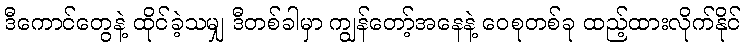
ဒီကောင်တွေနဲ့ ထိုင်ခဲ့သမျှ ဒီတစ်ခါမှာ ကျွန်တော့်အနေနဲ့ ဝေစုတစ်ခု ထည့်ထားလိုက်နိုင်